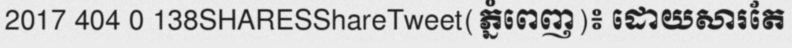
2017 404 0 138SHARESShareTweet(ភ្នំពេញ)៖ ដោយសារតែ